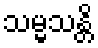
သမ္မသန္တိ